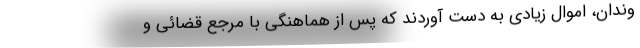
وندان، اموال زیادی به دست آوردند که پس از هماهنگی با مرجع قضائی و